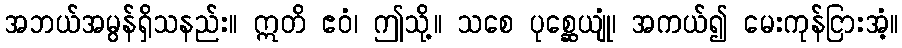
အဘယ်အမွန်ရှိသနည်း။ ဣတိ ဧဝံ၊ ဤသို့။ သစေ ပုစ္ဆေယျုံ၊ အကယ်၍ မေးကုန်ငြားအံ့။